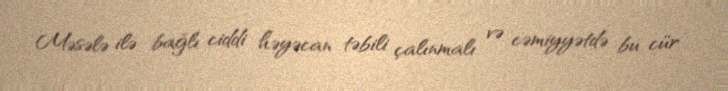
Məsələ ilə bağlı ciddi həyəcan təbili çalınmalı və cəmiyyətdə bu cür